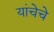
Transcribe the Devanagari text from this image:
यांचेचे